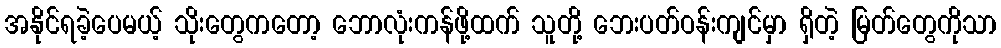
အနိုင်ရခဲ့ပေမယ့် သိုးတွေကတော့ ဘောလုံးကန်ဖို့ထက် သူတို့ ဘေးပတ်ဝန်းကျင်မှာ ရှိတဲ့ မြတ်တွေကိုသာ